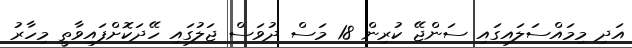
އަދި މިމައްސަލައިގައި ސަންޖޭ ކުރިން 18 މަސް ދުވަސް ޖަލުގައި ހޭދަކޮށްފައިވާތީ މިހާރު